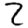
Digit: 2